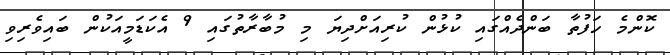
ކޮންމެ ހަފުތާ ބަންދެއްގައި ކުޅުން ކުރިއަށްދިޔަ މި މުބާރާތުގައި 9 އެކަޑަމީއަކުން ބައިވެރިވިި